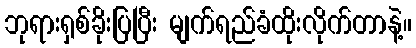
ဘုရားရှစ်ခိုးပြပြီး မျက်ရည်ခံထိုးလိုက်တာနဲ့။